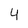
Character: 4